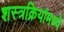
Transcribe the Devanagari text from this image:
शस्त्रक्रियांमध्ये